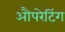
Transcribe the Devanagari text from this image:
औपरेटिंग